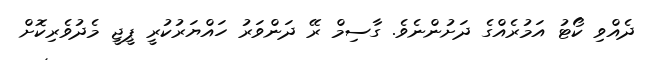
ދެއްވި ކޯޓު އަމުރެއްގެ ދަށުންނެވެ. ގާސިމް ރޭ ދަންވަރު ހައްޔަރުކުރީ ޕީޖީ މެދުވެރިކޮށް